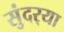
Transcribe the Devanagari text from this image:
सुंदर्‍या